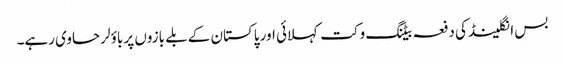
بس انگلینڈ کی دفعہ بیٹنگ وکت کہلائی اور پاکستان کے بلے بازوں پر باؤلر حاوی رہے۔